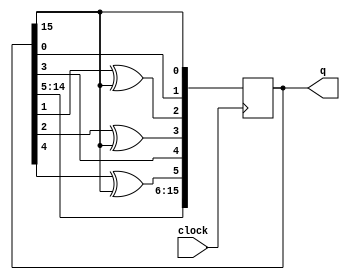
module CH_LFSR(clock, q);
  input clock;
  output [15:0] q;

  reg [15:0] LFSR;
  wire feedback = LFSR[15];

  always @(posedge clock)
  begin
    LFSR[0] <= feedback;
    LFSR[1] <= LFSR[0];
    LFSR[2] <= LFSR[1] ^ feedback;
    LFSR[3] <= LFSR[2] ^ feedback;
    LFSR[4] <= LFSR[3];
    LFSR[5] <= LFSR[4] ^ feedback;
    LFSR[6] <= LFSR[5];
    LFSR[7] <= LFSR[6];
    LFSR[8] <= LFSR[7];
    LFSR[9] <= LFSR[8];
    LFSR[10] <= LFSR[9];
    LFSR[11] <= LFSR[10];
    LFSR[12] <= LFSR[11];
    LFSR[13] <= LFSR[12];
    LFSR[14] <= LFSR[13];
    LFSR[15] <= LFSR[14];
  end

  assign q = LFSR;
endmodule